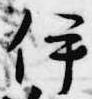
伊